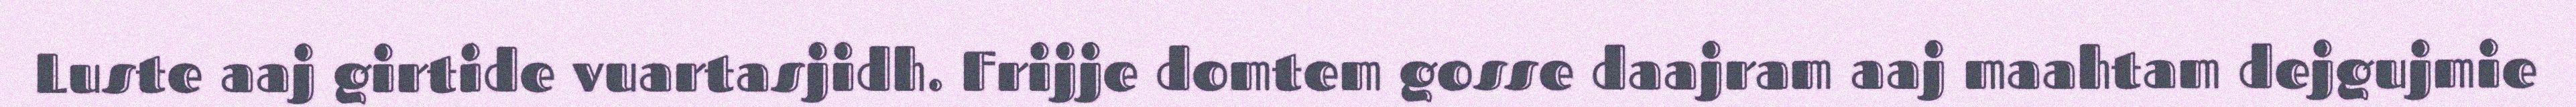
Luste aaj girtide vuartasjidh. Frijje domtem gosse daajram aaj maahtam dejgujmie